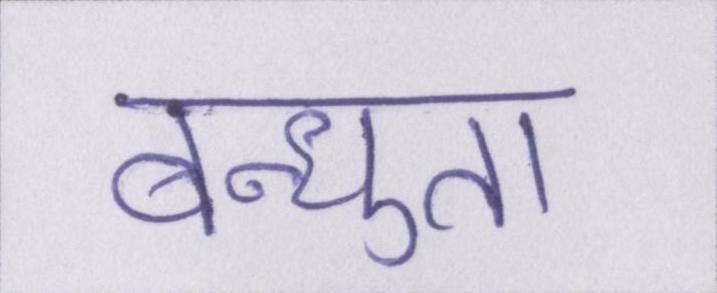
बन्धुता